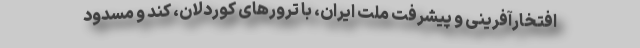
افتخارآفرینی و پیشرفت ملت ایران، با ترورهای کوردلان، کند و مسدود